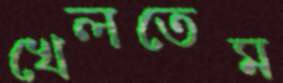
খেলতেম